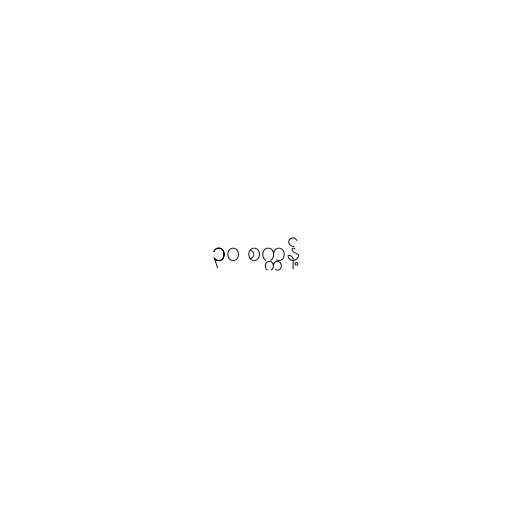
၃၀ စက္ကန့်